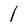
Character: 1